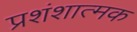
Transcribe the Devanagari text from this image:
प्रशंशात्मक